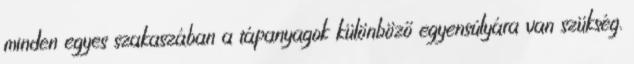
minden egyes szakaszában a tápanyagok különböző egyensúlyára van szükség.